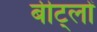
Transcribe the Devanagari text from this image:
बीट्लों